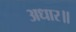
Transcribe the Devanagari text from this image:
अधार॥